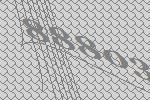
88803